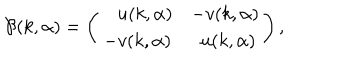
{ \cal B } ( k , \alpha ) = \left( \begin{array} { c c } { { \, \, \, \, \, u ( k , \alpha ) } } & { { - v ( k , \alpha ) } } \\ { { - v ( k , \alpha ) } } & { { \, \, u ( k , \alpha ) } } \\ \end{array} \right) ,